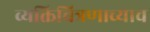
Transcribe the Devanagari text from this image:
व्यक्तिचित्रणाच्याच